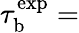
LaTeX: \tau_{\mathrm{b}}^{\mathrm{exp}}=